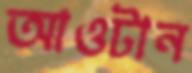
আওটান